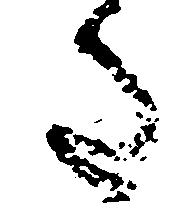
た